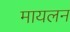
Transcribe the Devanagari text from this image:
मायलन